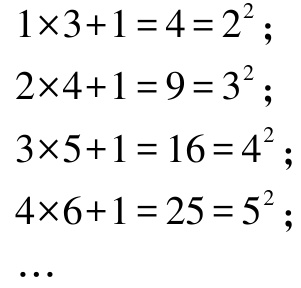
\[
\begin{align*}
1\times3 + 1&=4 = 2^{2};\\
2\times4 + 1&=9 = 3^{2};\\
3\times5 + 1&=16 = 4^{2};\\
4\times6 + 1&=25 = 5^{2};\\
&\cdots
\end{align*}
\]